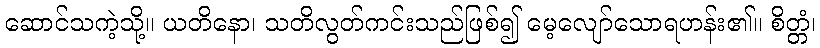
ဆောင်သကဲ့သို့။ ယတိနော၊ သတိလွတ်ကင်းသည်ဖြစ်၍ မေ့လျော်သောရဟန်း၏။ စိတ္တံ၊